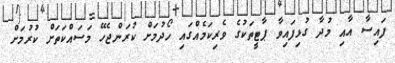
ފައިސާ އާއި މުދާ ގުޅިފައިވާ ޕާޓީތަކުގެ ވެރިކަމެއްގައި ހޯދުމަށް ކުރަންޖެހޭ މަސައްކަތަށް ކުރުމަށް